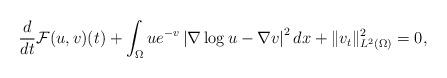
LaTeX: \begin{align*}\frac{d}{dt}\mathcal{F}(u,v)(t)+\int_\Omega ue^{-v}\left|\nabla \log u-\nabla v\right|^2dx+\|v_t\|^2_{L^2(\Omega)}=0,\end{align*}